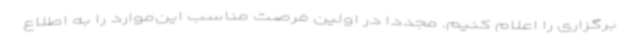
برگزاری را اعلام کنیم. مجددا در اولین فرصت مناسب این‌موارد را به اطلاع